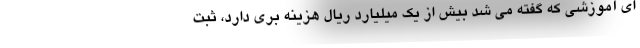
ای آموزشی که گفته می شد بیش از یک میلیارد ریال هزینه بری دارد، ثبت